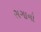
સગાનો